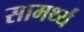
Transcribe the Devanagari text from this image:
सामर्थ्यं